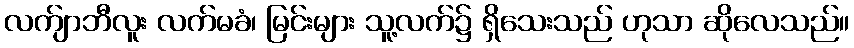
လက်ျာဘီလူး လက်မခံ၊ မြင်းများ သူ့လက်၌ ရှိသေးသည် ဟုသာ ဆိုလေသည်။